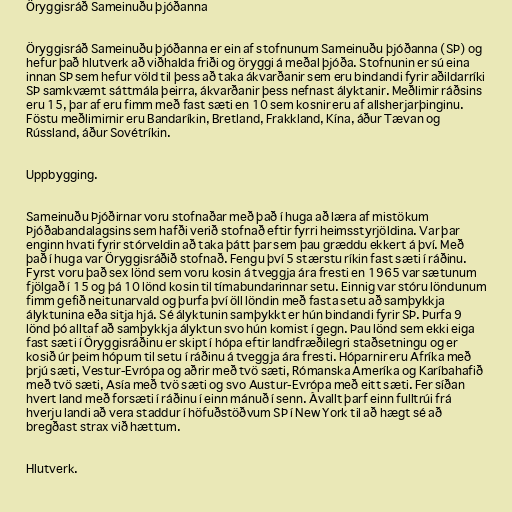
Öryggisráð Sameinuðu þjóðanna

Öryggisráð Sameinuðu þjóðanna er ein af stofnunum Sameinuðu þjóðanna (SÞ) og
hefur það hlutverk að viðhalda friði og öryggi á meðal þjóða. Stofnunin er sú eina
innan SÞ sem hefur völd til þess að taka ákvarðanir sem eru bindandi fyrir aðildarríki
SÞ samkvæmt sáttmála þeirra, ákvarðanir þess nefnast ályktanir. Meðlimir ráðsins
eru 15, þar af eru fimm með fast sæti en 10 sem kosnir eru af allsherjarþinginu.
Föstu meðlimirnir eru Bandaríkin, Bretland, Frakkland, Kína, áður Tævan og
Rússland, áður Sovétríkin.

Uppbygging.

Sameinuðu Þjóðirnar voru stofnaðar með það í huga að læra af mistökum
Þjóðabandalagsins sem hafði verið stofnað eftir fyrri heimsstyrjöldina. Var þar
enginn hvati fyrir stórveldin að taka þátt þar sem þau græddu ekkert á því. Með
það í huga var Öryggisráðið stofnað. Fengu því 5 stærstu ríkin fast sæti í ráðinu.
Fyrst voru það sex lönd sem voru kosin á tveggja ára fresti en 1965 var sætunum
fjölgað í 15 og þá 10 lönd kosin til tímabundarinnar setu. Einnig var stóru löndunum
fimm gefið neitunarvald og þurfa því öll löndin með fasta setu að samþykkja
ályktunina eða sitja hjá. Sé ályktunin samþykkt er hún bindandi fyrir SÞ. Þurfa 9
lönd þó alltaf að samþykkja ályktun svo hún komist í gegn. Þau lönd sem ekki eiga
fast sæti í Öryggisráðinu er skipt í hópa eftir landfræðilegri staðsetningu og er
kosið úr þeim hópum til setu í ráðinu á tveggja ára fresti. Hóparnir eru Afríka með
þrjú sæti, Vestur-Evrópa og aðrir með tvö sæti, Rómanska Ameríka og Karíbahafið
með tvö sæti, Asía með tvö sæti og svo Austur-Evrópa með eitt sæti. Fer síðan
hvert land með forsæti í ráðinu í einn mánuð í senn. Ávallt þarf einn fulltrúi frá
hverju landi að vera staddur í höfuðstöðvum SÞ í New York til að hægt sé að
bregðast strax við hættum.

Hlutverk.